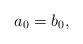
LaTeX: \begin{align*}a_0=b_0,\end{align*}